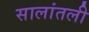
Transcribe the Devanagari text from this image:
सालांतली